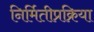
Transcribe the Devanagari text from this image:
निर्मितीप्रक्रिया